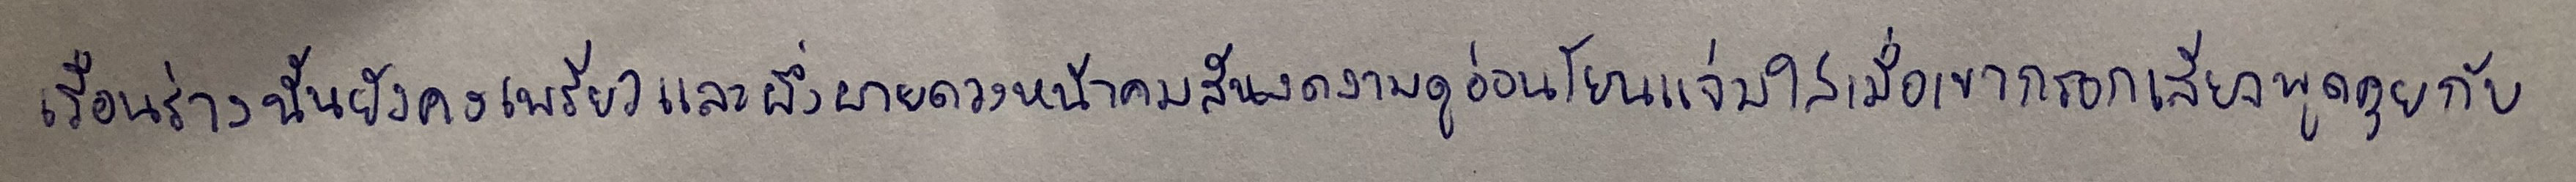
เรือนร่างนั้นยังคงเพรียวและผึ่งผายดวงหน้าคมสันงดงามดูอ่อนโยนแจ่มใสเมื่อเขากรอกเสียงพูดคุยกับ